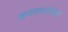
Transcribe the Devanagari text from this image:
कमरासाथियों